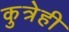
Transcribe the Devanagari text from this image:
कुत्रेही